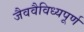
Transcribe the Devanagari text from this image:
जैववैविध्यपूर्ण